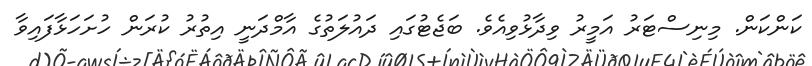
ކަންކަން. މިނިސްޓަރު އަމީރު ވިދާޅުވިއެވެ. ބަޖެޓުގައި ދައުލަތުގެ އާމްދަނީ އިތުރު ކުރަން ހުށަހަޅާފައިވާ